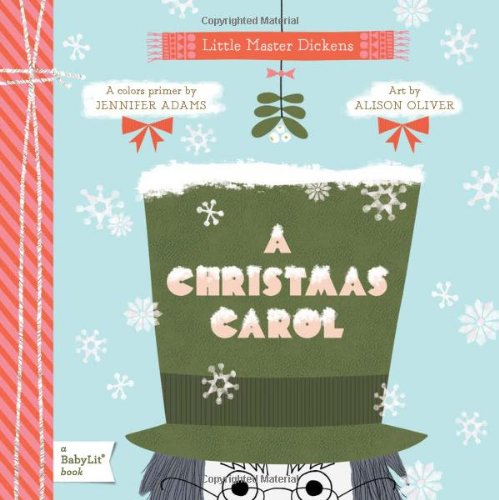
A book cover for A Christmas Carol: A BabyLitÂ® Colors Primer; Jennifer Adams; Children's Books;